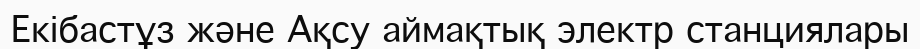
Екібастұз және Ақсу аймақтық электр станциялары